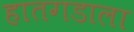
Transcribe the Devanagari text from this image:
हातगडाला